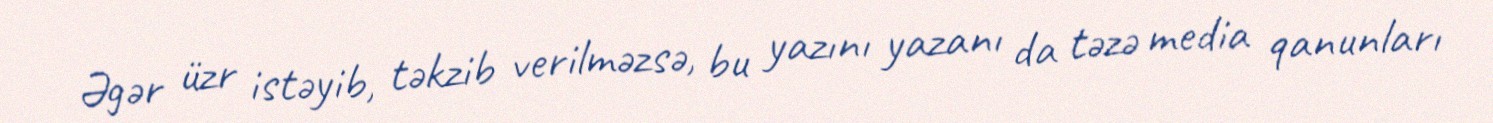
Əgər üzr istəyib, təkzib verilməzsə, bu yazını yazanı da təzə media qanunları